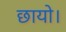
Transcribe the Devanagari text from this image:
छायो।